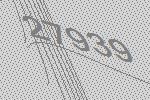
27939